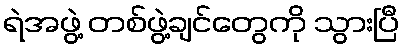
ရဲအဖွဲ့ တစ်ဖွဲ့ချင်တွေကို သွားပြီ